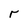
Character: r